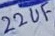
Text: 22uF